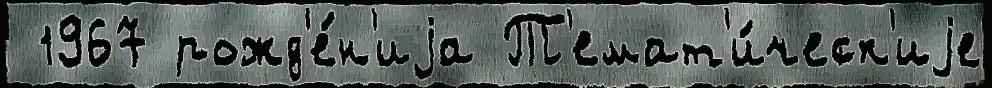
 1967 рожд'е́н'иjа Т'емат'и́ческ'иjе